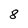
Character: 8